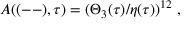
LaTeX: A ( ( -- ) , \tau ) = ( \Theta _ { 3 } ( \tau ) / \eta ( \tau ) ) ^ { 1 2 } \; ,